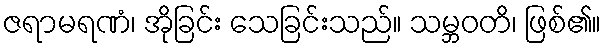
ဇရာမရဏံ၊ အိုခြင်း သေခြင်းသည်။ သမ္ဘဝတိ၊ ဖြစ်၏။